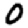
Digit: 0